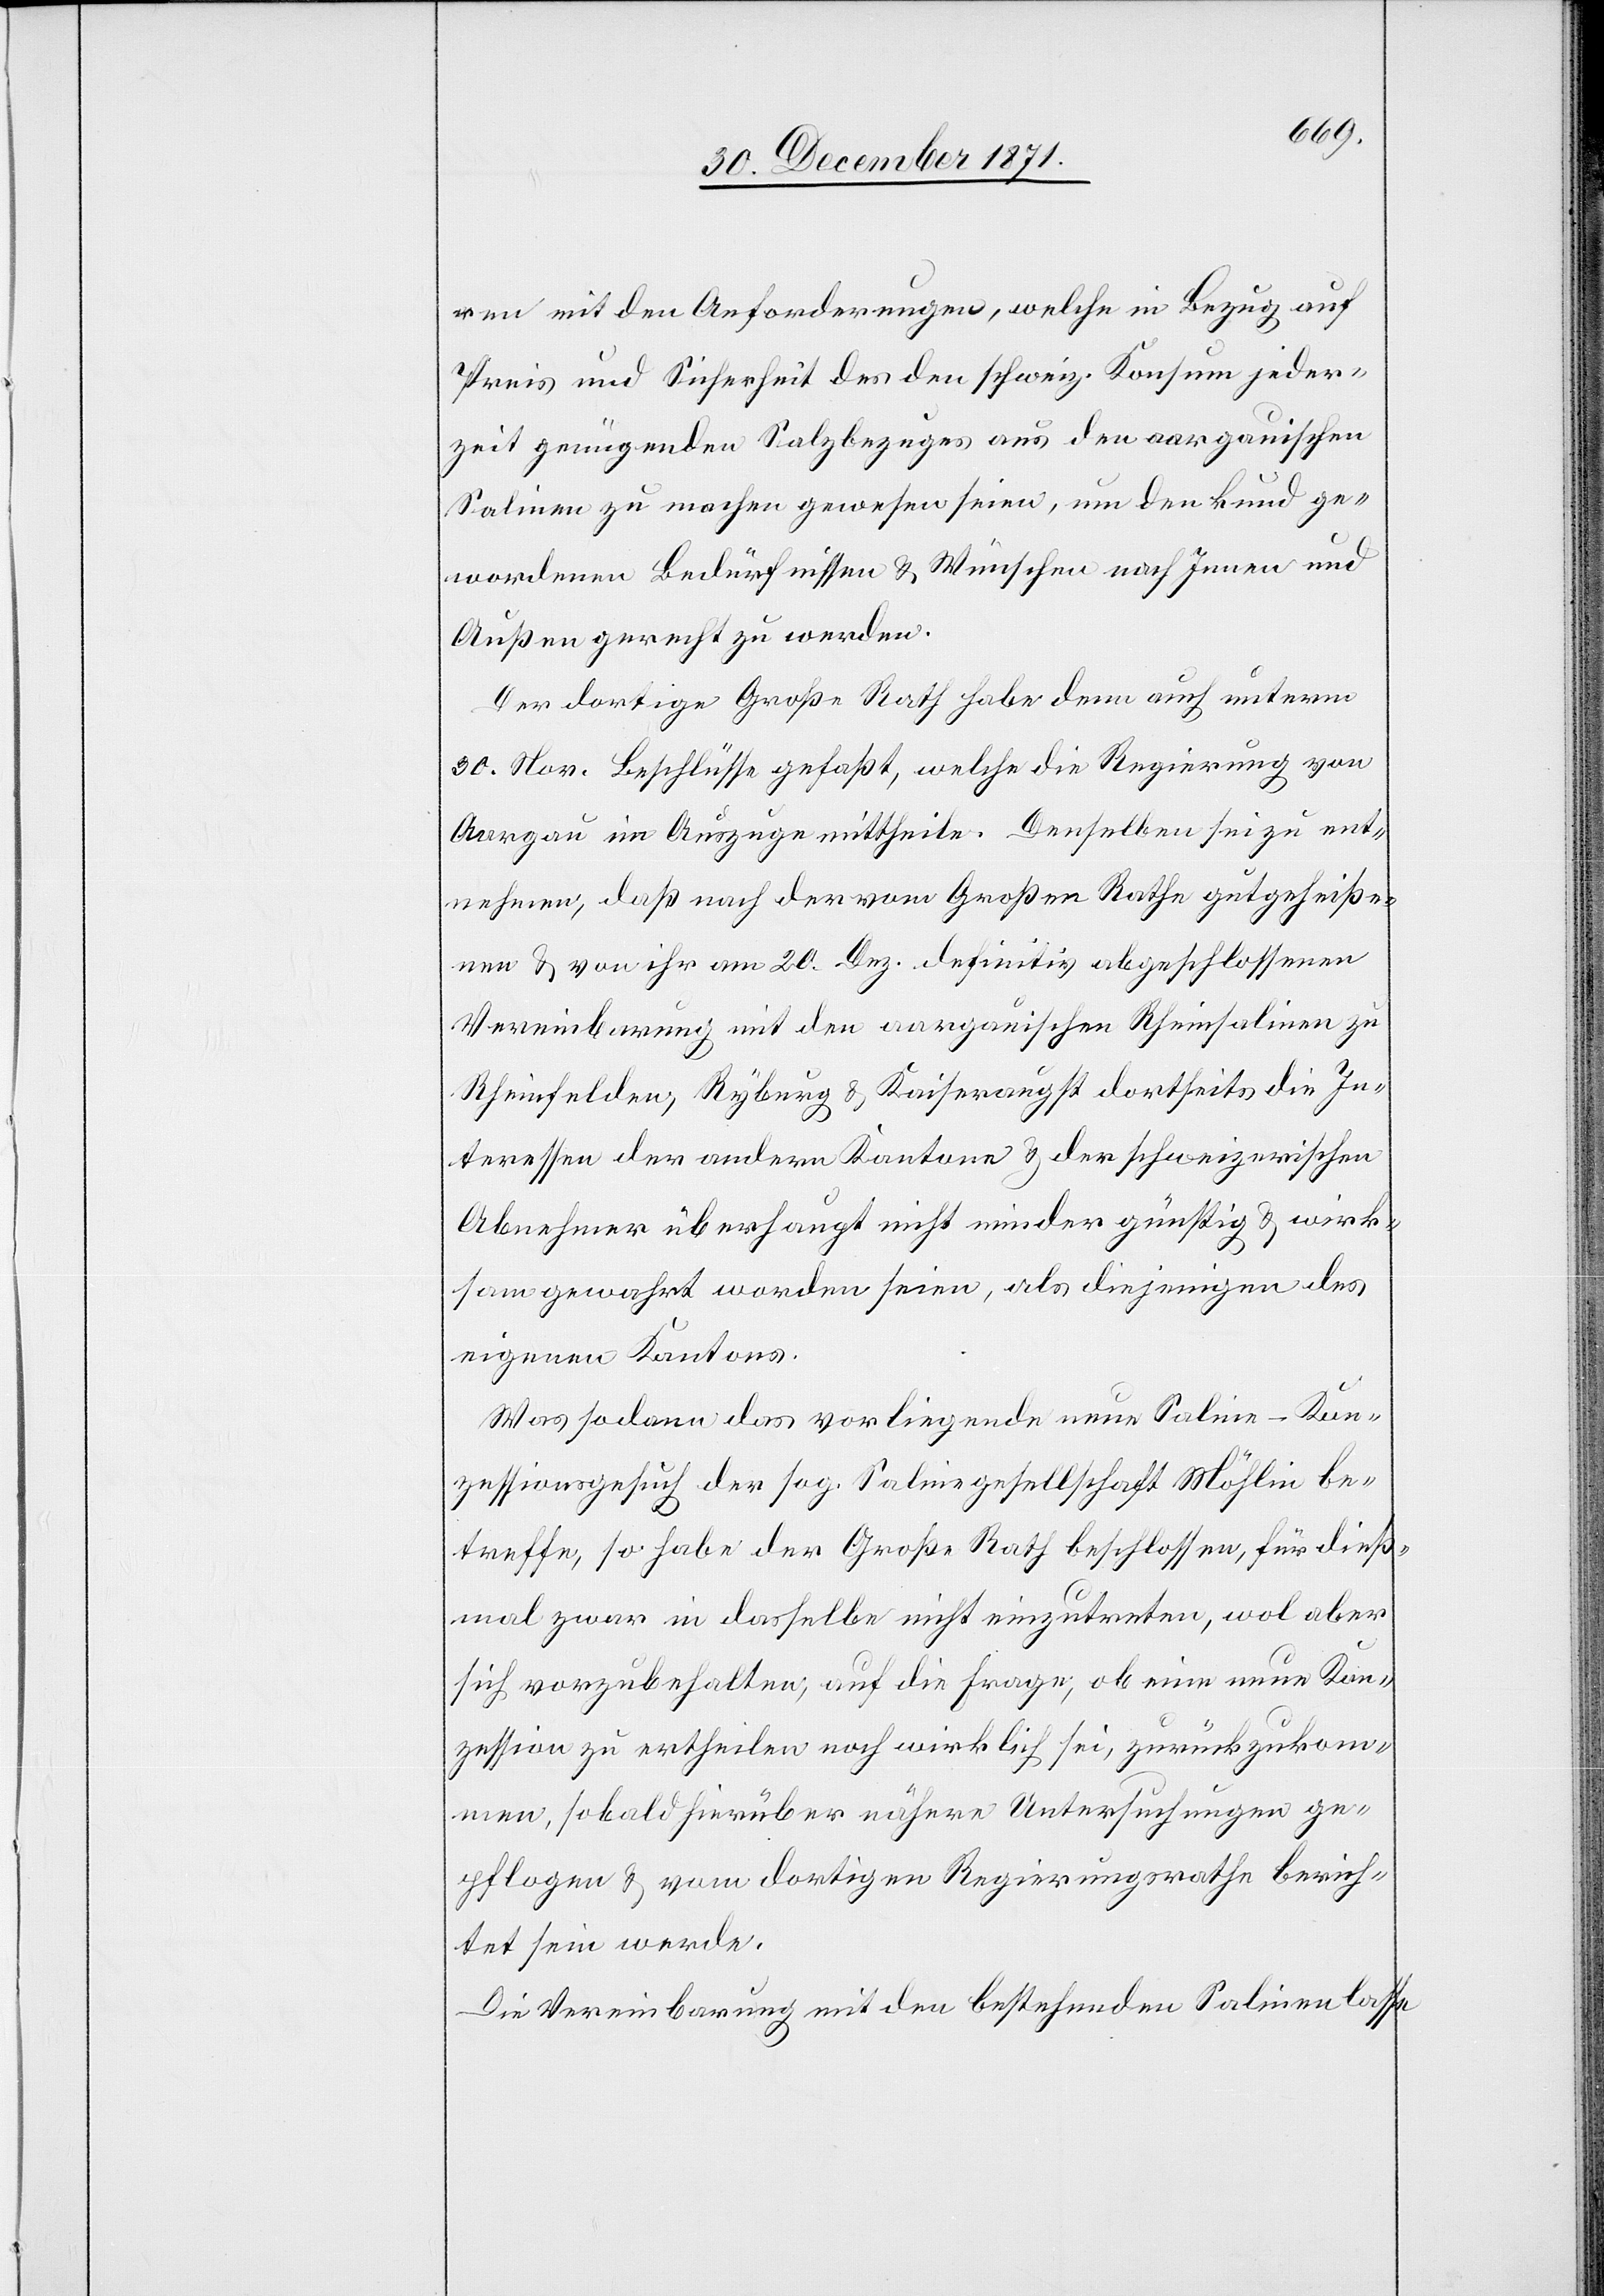
ren mit den Anforderungen, welche in Bezug auf
Preis und Sicherheit des den schweiz. Konsum jeder¬
zeit genügenden Salzbezuges aus den aargauischen
Salinen zu machen gewesen seien, um den kund ge¬
wordenen Bedürfnissen & Wünschen nach Innen und
Außen gerecht zu werden.
Der dortige Große Rath habe denn auch unterm
30. Nov. Beschlüsse gefaßt, welche die Regierung von
Aargau im Auszuge mittheile. Denselben sei zu ent¬
nehmen, daß nach der vom Großen Rathe gutgeheiße¬
nen & von ihr am 20. Dez. definitiv abgeschlossenen
Vereinbarung mit den aargauischen Rheinsalinen zu
Rheinfelden, Ryburg & Kaiseraugst dortseits die In¬
teressen der andern Kantone & der schweizerischen
Abnehmer überhaupt nicht minder günstig & wirk¬
sam gewahrt worden seien, als diejenigen des
eigenen Kantons.
Was sodann das vorliegende neue Saline-Kon¬
zessionsgesuch der sog. Salinengesellschaft Möhlin be¬
treffe, so habe der Große Rath beschlossen, für dieß¬
mal zwar in dasselbe nicht einzutreten, wol aber
sich vorzubehalten, auf die Frage, ob eine neue Kon¬
zession zu ertheilen noch wirklich sei, zurückzukom¬
men, sobald hierüber nähere Untersuchungen ge¬
pflogen & vom dortigen Regierungsrathe berich¬
tet sein werde[n].
Die Vereinbarung mit den bestehenden Salinen lasse